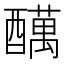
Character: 𲆽